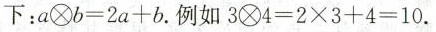
下：$$ a \otimes b = 2 a + b$$。例如$$3 \otimes 4 = 2 × 3 + 4 = 1 0$$.